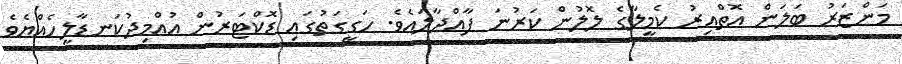
މަންޒަރު ބަލަން އޮތްއިރު ކެމީލާގެ ލޮލުން ކަރުނަ ފާއްދާލައެވެ. ހަގީގަތުގައި ޑޮކްޓަރުން އުއްމިދުކަނޑާލީހެއްޔެވެ